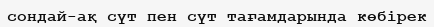
сондай-ақ сүт пен сүт тағамдарында көбірек